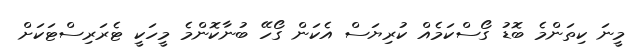
މީނަ ކިތަންމެ ބޮޑު ގޯސްކަމެއް ކުރިޔަސް އެކަން ގޯހޭ ބުނާކޮންމެ މީހަކީ ޓެރަރިސްޓަކަށް